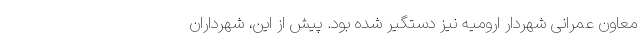
معاون عمرانی شهردار ارومیه نیز دستگیر شده بود. پیش از این، شهرداران